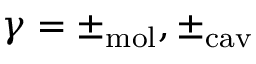
\gamma = \pm _ { \mathrm { m o l } } , \pm _ { \mathrm { c a v } }